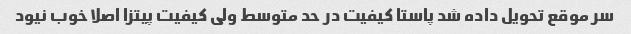
سر موقع تحویل داده شد پاستا کیفیت در حد متوسط ولی کیفیت پیتزا اصلا خوب نیود